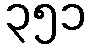
၃၅၁